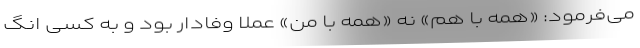
می‌فرمود: «همه با هم» نه «همه با من» عملا وفادار بود و به کسی انگ